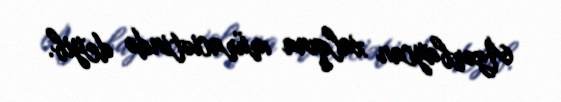
Azərbaycan xalqına müraciətində deyib.